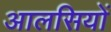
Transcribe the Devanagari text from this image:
आलसियों